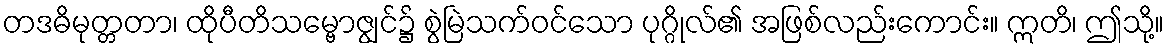
တဒဓိမုတ္တတာ၊ ထိုပီတိသမ္ဗောဇျွင်၌ စွဲမြဲသက်ဝင်သော ပုဂ္ဂိုလ်၏ အဖြစ်လည်းကောင်း။ ဣတိ၊ ဤသို့။